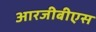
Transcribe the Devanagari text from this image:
आरजीबीएस